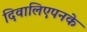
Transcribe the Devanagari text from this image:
दिवालिएपनके